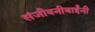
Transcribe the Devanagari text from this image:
संजीवनीबाईंनी